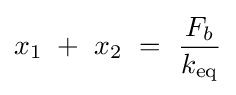
x_{1}~+~x_{2}~=~{\frac {F_{b}}{k_{\mathrm {eq} }}}